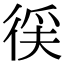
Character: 𭛳